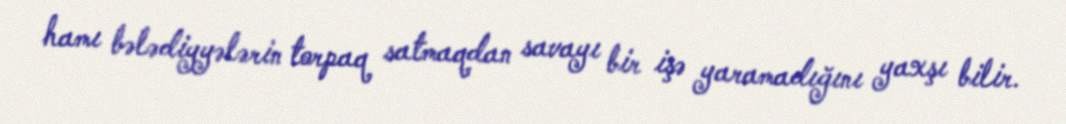
hamı bələdiyyələrin torpaq satmaqdan savayı bir işə yaramadığını yaxşı bilir.